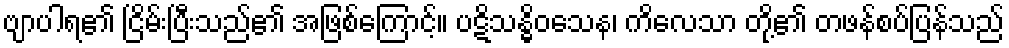
ဗျာပါရ၏ ငြိမ်းပြီးသည်၏ အဖြစ်ကြောင့်။ ပဋိသန္ဓိဝသေန၊ ကိလေသာ တို့၏ တဖန်စပ်ပြန်သည်